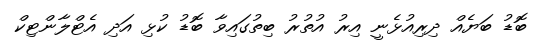
ބޮޑު ބަޔެއް ދިރިއުޅެނީ އިރު އުތުރު ބިތުގައިވާ ބޮޑު ކުޅި އަދި އެޓްލާންޓިކް